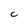
Character: C